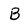
Character: B